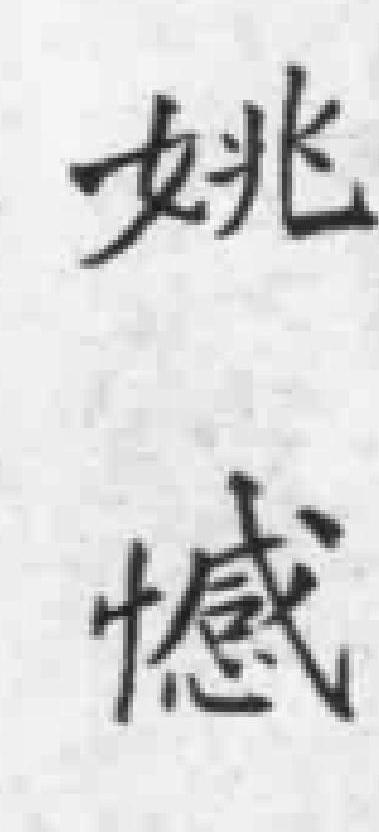
姚憾